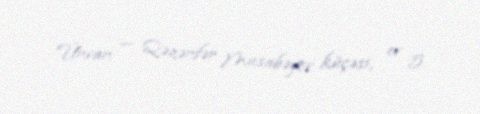
Ünvan — Qəzənfər Musabəyov küçəsi, ev 5